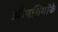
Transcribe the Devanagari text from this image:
औषधियोंके